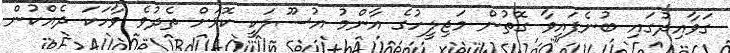
ގަވާއިދުގައި ބުނެފައިވާ ގޮތުން މަޖިލީހުގެ އާންމު އުސޫލަކީ ކޮޅަށް ތެދުވެ ވާހަކަ ދެއްކުން